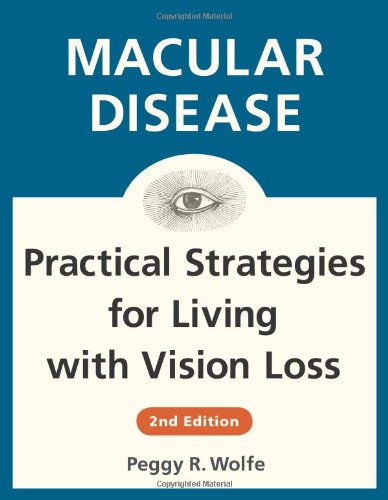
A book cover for Macular Disease: Practical Strategies for Living with Vision Loss; Peggy R. Wolfe; Health, Fitness & Dieting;